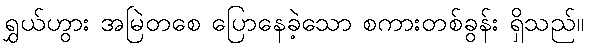
ရွှယ်ဟွား အမြဲတစေ ပြောနေခဲ့သော စကားတစ်ခွန်း ရှိသည်။